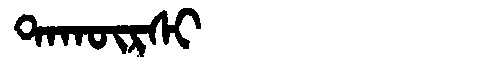
Manchu: ᡨᠠᡴᡡᡵᠰᡳ
Romanization: TAKŪRSI